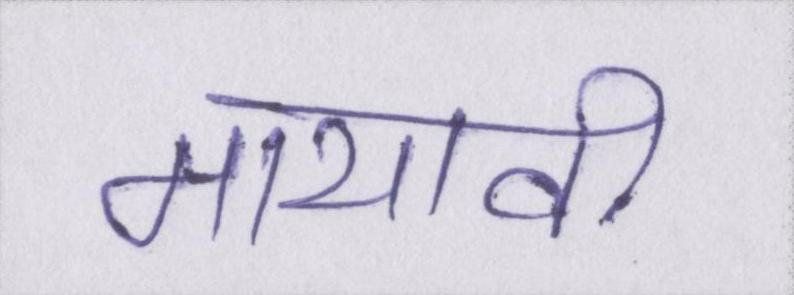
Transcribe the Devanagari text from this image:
मायावी